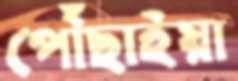
পৌঁছাইয়া